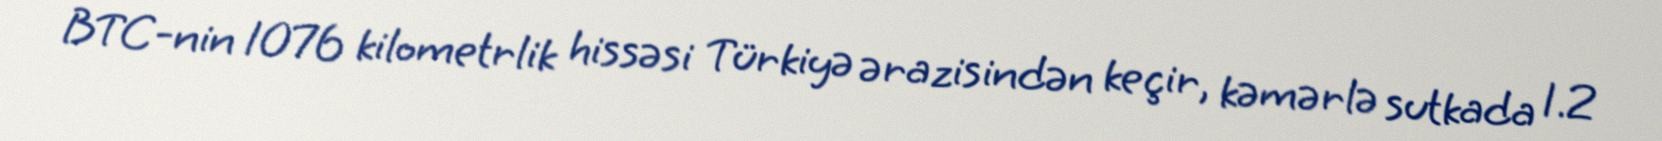
BTC-nin 1076 kilometrlik hissəsi Türkiyə ərazisindən keçir, kəmərlə sutkada 1.2